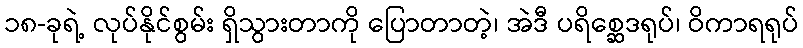
၁၈-ခုရဲ့ လုပ်နိုင်စွမ်း ရှိသွားတာကို ပြောတာတဲ့၊ အဲဒီ ပရိစ္ဆေဒရုပ်၊ ဝိကာရရုပ်